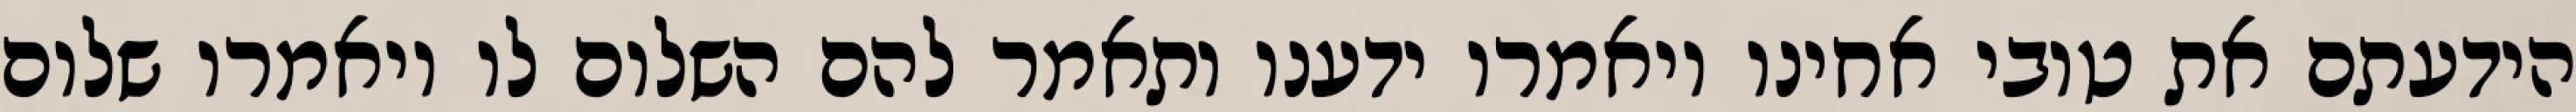
הידעתם את טובי אחינו ויאמרו ידענו ותאמר להם השלום לו ויאמרו שלום